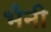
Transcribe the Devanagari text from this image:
भैनी